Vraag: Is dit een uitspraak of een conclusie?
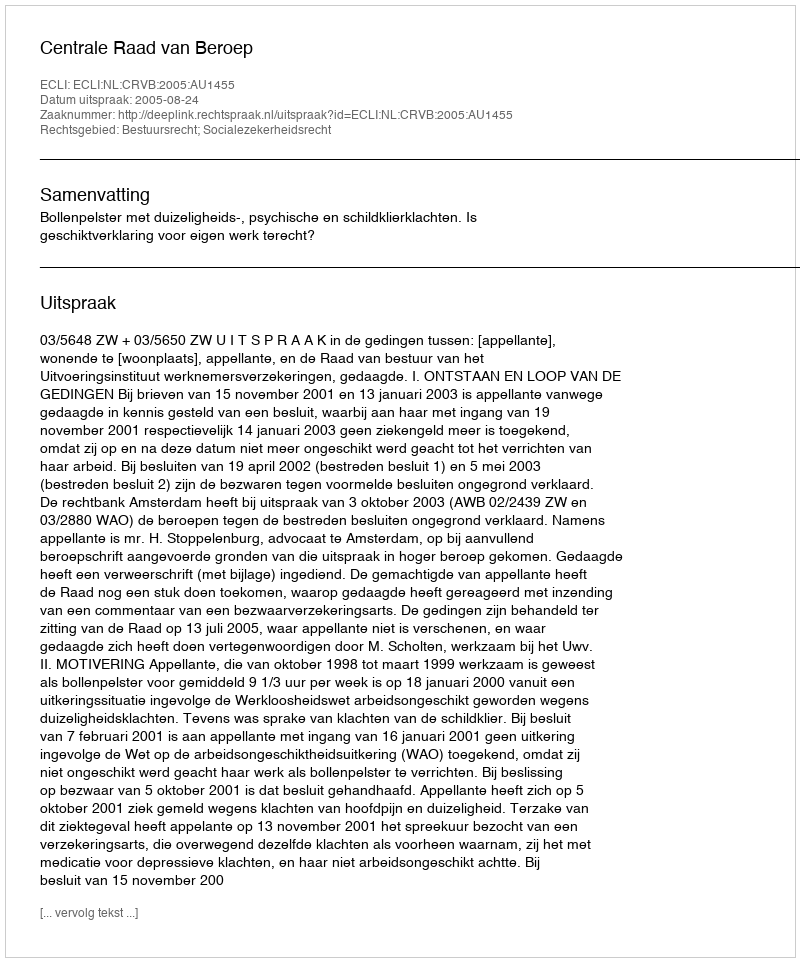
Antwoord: Uitspraak